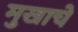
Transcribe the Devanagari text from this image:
मुखाचे